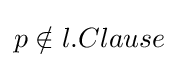
p\notin l.Clause